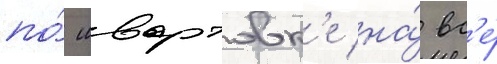
по́ швартовк'е на́ вс'е́